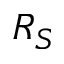
R _ { S }